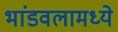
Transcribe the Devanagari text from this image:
भांडवलामध्ये